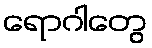
ရောဂါတွေ